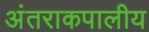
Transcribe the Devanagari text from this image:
अंतराकपालीय